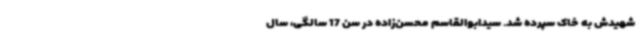
شهیدش به خاک سپرده شد. سیدابوالقاسم محسن‌زاده در سن 17 سالگی، سال